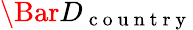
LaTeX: \Bar{D}_{\mathrm{~c~o~u~n~t~r~y~}}